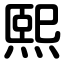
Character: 熙